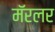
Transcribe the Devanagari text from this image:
मॅरलर